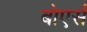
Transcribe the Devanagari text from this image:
बोएर्स